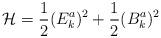
LaTeX: \begin{align*}{\cal H}=\frac 12(E_k^a)^2+\frac 12(B_k^a)^2\end{align*}